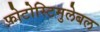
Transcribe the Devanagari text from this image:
फोटोस्टिमुलेबल